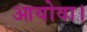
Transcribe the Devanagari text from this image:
आयोवा।